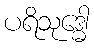
ပရိသုဒ္ဓေါ